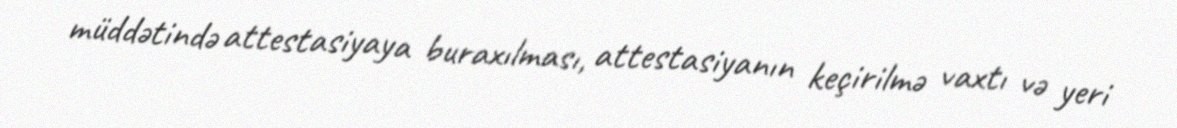
müddətində attestasiyaya buraxılması, attestasiyanın keçirilmə vaxtı və yeri